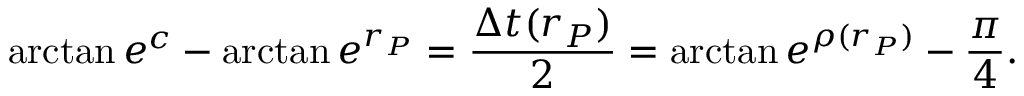
\arctan e ^ { c } - \arctan e ^ { r _ { P } } = \frac { \Delta t ( r _ { P } ) } { 2 } = \arctan e ^ { \rho ( r _ { P } ) } - \frac { \pi } { 4 } .